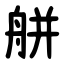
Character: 䑫